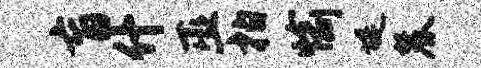
盲什巫柏愉堤麓